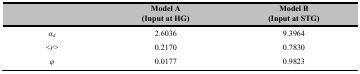
<table><thead><tr><td></td><td><b>Model A(Input at HG)</b></td><td><b>Model B(Input at STG)</b></td></tr></thead><tbody><tr><td><i>α<sub>d</sub></i></td><td>2.6036</td><td>9.3964</td></tr><tr><td>&lt;<i>r</i>&gt;</td><td>0.2170</td><td>0.7830</td></tr><tr><td><i>φ</i></td><td>0.0177</td><td>0.9823</td></tr></tbody></table>